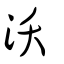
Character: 沃